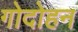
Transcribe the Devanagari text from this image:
गोदोहन